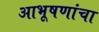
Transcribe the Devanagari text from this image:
आभूषणांचा